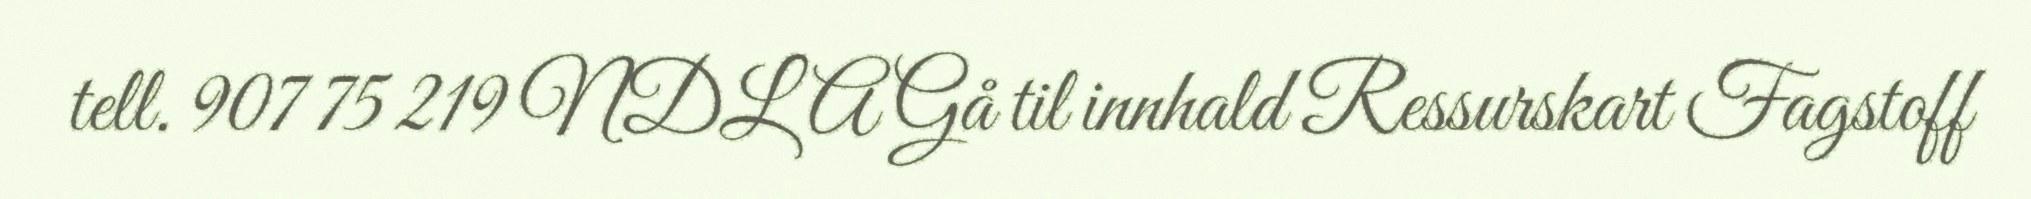
tell. 907 75 219 NDLA Gå til innhald Ressurskart Fagstoff